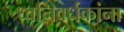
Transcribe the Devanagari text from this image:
ध्वनिवर्धकांना